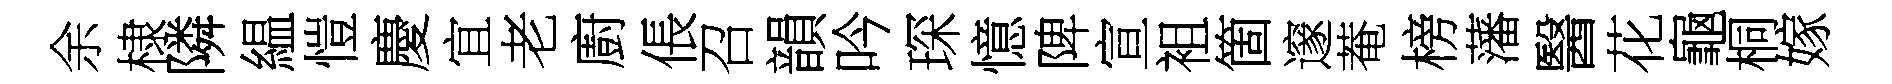
余棣隣緼愷慶宜老廚倀召韻吟琛憶陴宣袓箇邃菴榜藩醫花龜桐嫁